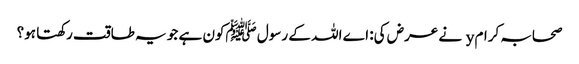
صحابہ کرام y نے عرض کی: اے اللہ کے رسول ﷺکون ہے جو یہ طاقت رکھتا ہو؟